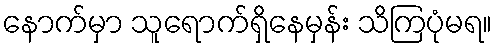
နောက်မှာ သူရောက်ရှိနေမှန်း သိကြပုံမရ။